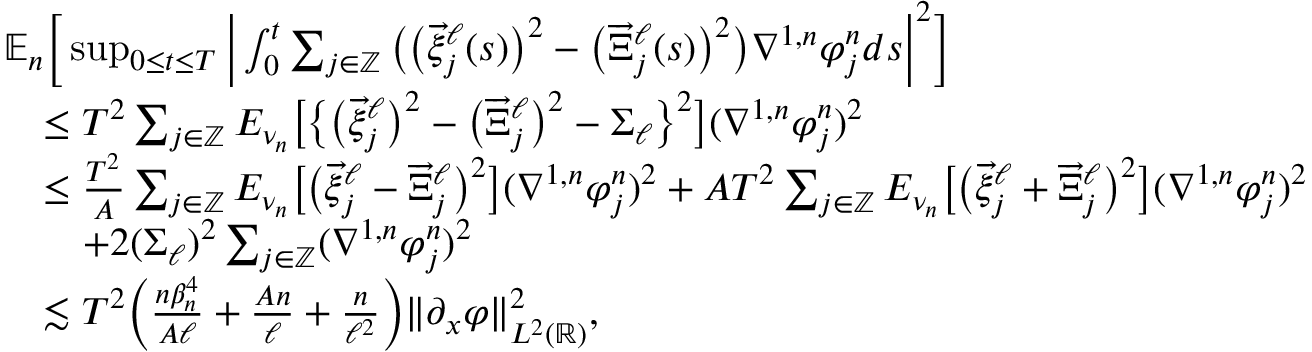
\begin{array} { r l } & { \mathbb { E } _ { n } \bigg [ \operatorname* { s u p } _ { 0 \le t \le T } \bigg | \int _ { 0 } ^ { t } \sum _ { j \in \mathbb { Z } } \big ( \big ( \overrightarrow { \xi } _ { j } ^ { \ell } ( s ) \big ) ^ { 2 } - \big ( \overrightarrow { \Xi } _ { j } ^ { \ell } ( s ) \big ) ^ { 2 } \big ) \nabla ^ { 1 , n } \varphi _ { j } ^ { n } d s \bigg | ^ { 2 } \bigg ] } \\ & { \quad \le T ^ { 2 } \sum _ { j \in \mathbb { Z } } E _ { \nu _ { n } } \big [ \big \{ \big ( \overrightarrow { \xi } _ { j } ^ { \ell } \big ) ^ { 2 } - \big ( \overrightarrow { \Xi } _ { j } ^ { \ell } \big ) ^ { 2 } - \Sigma _ { \ell } \big \} ^ { 2 } \big ] ( \nabla ^ { 1 , n } \varphi _ { j } ^ { n } ) ^ { 2 } } \\ & { \quad \le \frac { T ^ { 2 } } { A } \sum _ { j \in \mathbb { Z } } E _ { \nu _ { n } } \big [ \big ( \overrightarrow { \xi } _ { j } ^ { \ell } - \overrightarrow { \Xi } _ { j } ^ { \ell } \big ) ^ { 2 } \big ] ( \nabla ^ { 1 , n } \varphi _ { j } ^ { n } ) ^ { 2 } + A T ^ { 2 } \sum _ { j \in \mathbb { Z } } E _ { \nu _ { n } } \big [ \big ( \overrightarrow { \xi } _ { j } ^ { \ell } + \overrightarrow { \Xi } _ { j } ^ { \ell } \big ) ^ { 2 } \big ] ( \nabla ^ { 1 , n } \varphi _ { j } ^ { n } ) ^ { 2 } } \\ & { \qquad + 2 ( \Sigma _ { \ell } ) ^ { 2 } \sum _ { j \in \mathbb { Z } } ( \nabla ^ { 1 , n } \varphi _ { j } ^ { n } ) ^ { 2 } } \\ & { \quad \lesssim T ^ { 2 } \bigg ( \frac { n \beta _ { n } ^ { 4 } } { A \ell } + \frac { A n } { \ell } + \frac { n } { \ell ^ { 2 } } \bigg ) \| \partial _ { x } \varphi \| _ { L ^ { 2 } ( \mathbb { R } ) } ^ { 2 } , } \end{array}